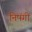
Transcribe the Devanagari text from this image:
निषंगी